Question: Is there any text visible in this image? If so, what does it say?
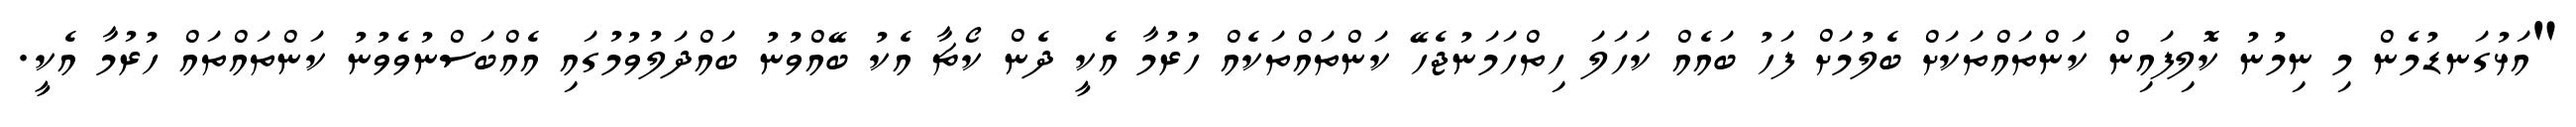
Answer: "އަޅުގަނޑުމެން މި ނިމުނު ކޮލިފައިން ކަންތައްތަކަށް ބެލުމަށް ފަހު ބައެއް ކަހަލަ ހިތްހަމަނުޖެހޭ ކަންތައްތަކެއް ހުރުމާ އެކީ ދެން ކޯޗާ އެކު ބޭއްވުނު ބައްދަލުވުމުގައި އެއްބަސްނުވެވުނު ކަންތައްތައް ހުރުމާ އެކީ.